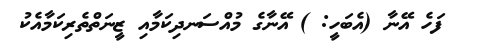
ފަހެ އޭނާ (އެބަހީ: ) އޭނާގެ މުއްސަނދިކަމާއި ޒީނަތްތެރިކަމާއެކު